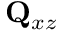
\mathbf { Q } _ { x z }